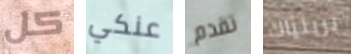
كل عنكي تقدم برينياك